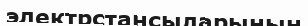
электрстансыларының